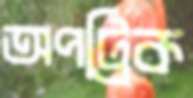
অপট্রিক